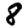
Digit: 8